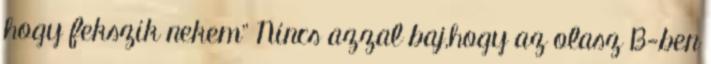
hogy fekszik nekem" Nincs azzal baj,hogy az olasz B-ben